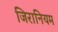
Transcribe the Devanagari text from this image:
जिरानियम